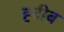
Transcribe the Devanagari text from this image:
ह्बीब